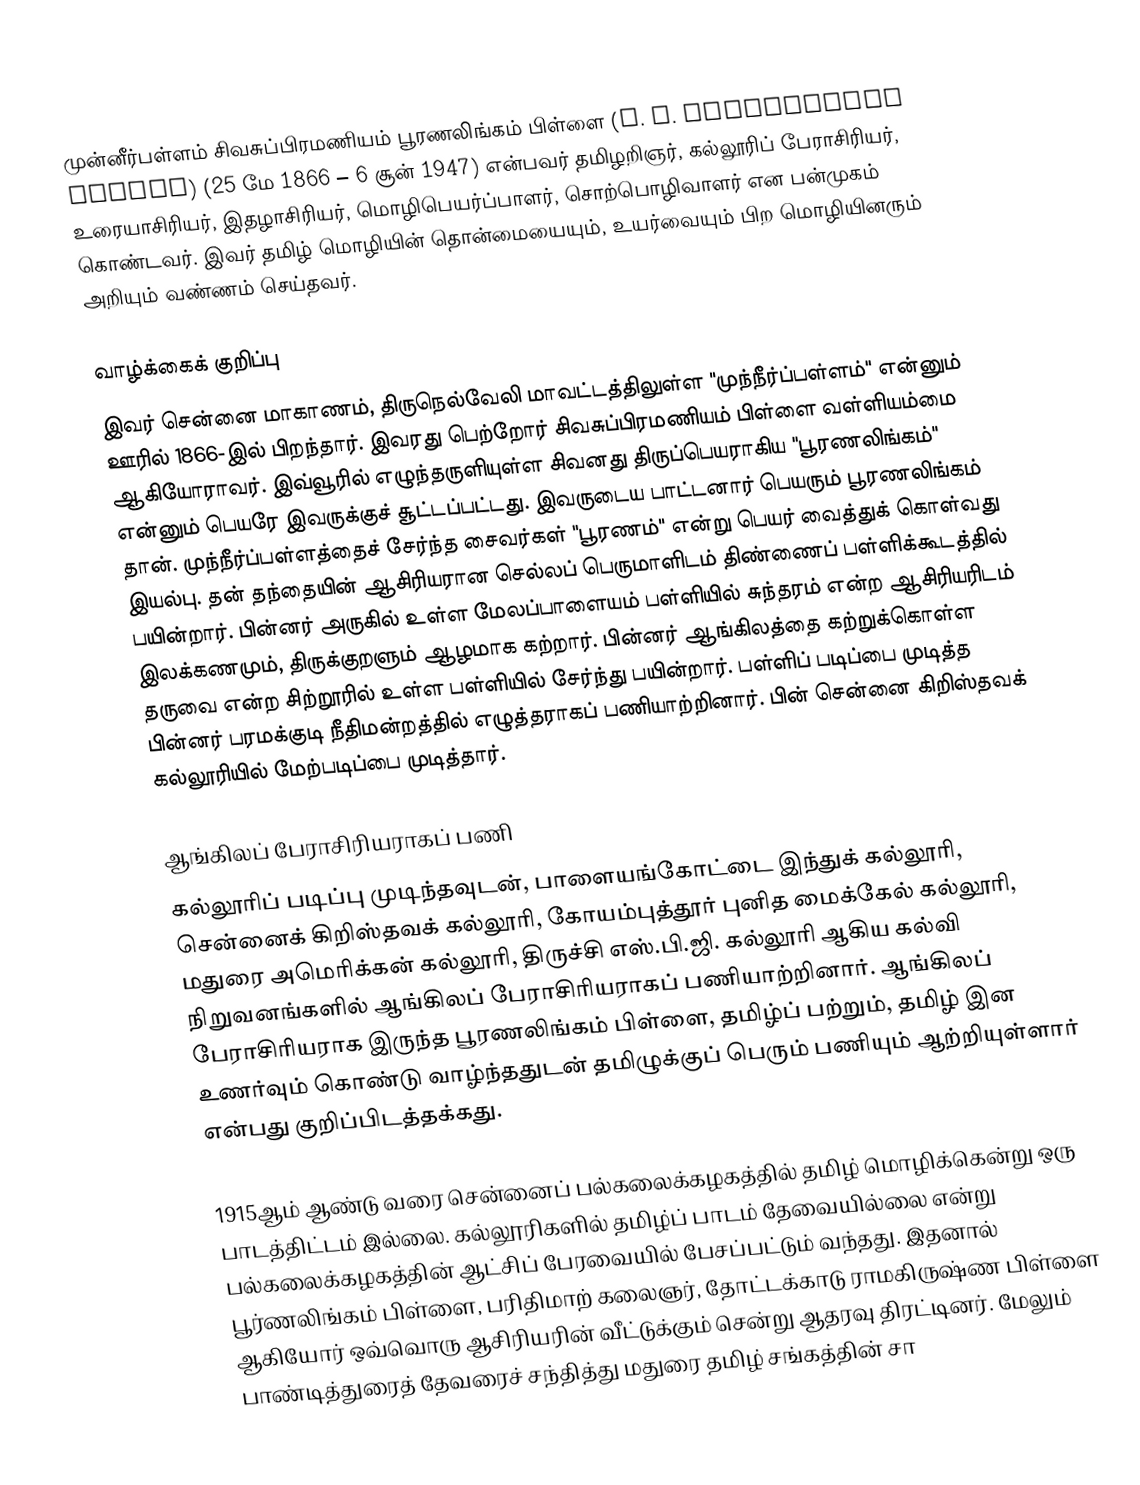
முன்னீர்பள்ளம்  சிவசுப்பிரமணியம் பூரணலிங்கம் பிள்ளை (M. S. Purnalingam Pillai) (25 மே 1866 – 6 சூன் 1947) என்பவர் தமிழறிஞர், கல்லூரிப் பேராசிரியர், உரையாசிரியர், இதழாசிரியர், மொழிபெயர்ப்பாளர், சொற்பொழிவாளர் என பன்முகம் கொண்டவர். இவர் தமிழ் மொழியின் தொன்மையையும், உயர்வையும் பிற மொழியினரும் அறியும் வண்ணம் செய்தவர்.

வாழ்க்கைக் குறிப்பு
இவர் சென்னை மாகாணம், திருநெல்வேலி மாவட்டத்திலுள்ள "முந்நீர்ப்பள்ளம்" என்னும் ஊரில் 1866-இல் பிறந்தார். இவரது பெற்றோர் சிவசுப்பிரமணியம் பிள்ளை வள்ளியம்மை ஆகியோராவர்.  இவ்வூரில் எழுந்தருளியுள்ள சிவனது திருப்பெயராகிய "பூரணலிங்கம்" என்னும் பெயரே இவருக்குச் சூட்டப்பட்டது. இவருடைய பாட்டனார் பெயரும் பூரணலிங்கம் தான். முந்நீர்ப்பள்ளத்தைச் சேர்ந்த சைவர்கள் "பூரணம்" என்று பெயர் வைத்துக் கொள்வது இயல்பு. தன் தந்தையின் ஆசிரியரான செல்லப் பெருமாளிடம் திண்ணைப் பள்ளிக்கூடத்தில் பயின்றார். பின்னர் அருகில் உள்ள மேலப்பாளையம் பள்ளியில் சுந்தரம் என்ற ஆசிரியரிடம் இலக்கணமும், திருக்குறளும் ஆழமாக கற்றார். பின்னர் ஆங்கிலத்தை கற்றுக்கொள்ள தருவை என்ற சிற்றூரில் உள்ள பள்ளியில் சேர்ந்து பயின்றார். பள்ளிப் படிப்பை முடித்த பின்னர் பரமக்குடி நீதிமன்றத்தில் எழுத்தராகப் பணியாற்றினார். பின் சென்னை கிறிஸ்தவக் கல்லூரியில் மேற்படிப்பை முடித்தார்.

ஆங்கிலப் பேராசிரியராகப் பணி
கல்லூரிப் படிப்பு முடிந்தவுடன், பாளையங்கோட்டை இந்துக் கல்லூரி, சென்னைக் கிறிஸ்தவக் கல்லூரி, கோயம்புத்தூர் புனித மைக்கேல் கல்லூரி, மதுரை அமெரிக்கன் கல்லூரி, திருச்சி எஸ்.பி.ஜி. கல்லூரி ஆகிய கல்வி நிறுவனங்களில் ஆங்கிலப் பேராசிரியராகப் பணியாற்றினார். ஆங்கிலப் பேராசிரியராக இருந்த பூரணலிங்கம் பிள்ளை, தமிழ்ப் பற்றும், தமிழ் இன உணர்வும் கொண்டு வாழ்ந்ததுடன் தமிழுக்குப் பெரும் பணியும் ஆற்றியுள்ளார் என்பது குறிப்பிடத்தக்கது.

1915ஆம் ஆண்டு வரை சென்னைப் பல்கலைக்கழகத்தில் தமிழ் மொழிக்கென்று ஒரு பாடத்திட்டம் இல்லை. கல்லூரிகளில் தமிழ்ப் பாடம் தேவையில்லை என்று பல்கலைக்கழகத்தின் ஆட்சிப் பேரவையில் பேசப்பட்டும் வந்தது. இதனால் பூர்ணலிங்கம் பிள்ளை, பரிதிமாற் கலைஞர், தோட்டக்காடு ராமகிருஷ்ண பிள்ளை ஆகியோர் ஒவ்வொரு ஆசிரியரின் வீட்டுக்கும் சென்று ஆதரவு திரட்டினர். மேலும் பாண்டித்துரைத் தேவரைச் சந்தித்து மதுரை தமிழ் சங்கத்தின் சா